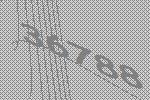
36788